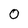
Character: 0